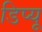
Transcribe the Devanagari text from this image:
डिप्यू